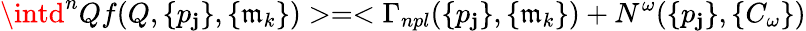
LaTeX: \intd^{n}Qf(Q,\{ p_{\mathbf{j}}\} ,\{ \mathfrak{m}_{k}\} )>=<\Gamma_{npl}(\{ p_{\mathbf{j}}\} ,\{ \mathfrak{m}_{k}\} )+N^{\omega}(\{ p_{\mathbf{j}}\} ,\{ C_{\omega}\} )